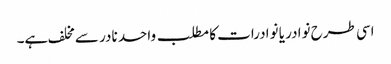
اسی طرح نوادر یا نوادرات کا مطلب واحد نادر سے مخلف ہے۔